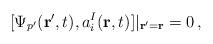
LaTeX: \begin{align*}[\Psi_{p'}({\bf r}',t), a^I_i({\bf r},t)]|_{{\bf r}'={\bf r}}=0\,,\end{align*}